Statistical return of the lunatic asylum in Assam - 1912-1932
Year: 1912
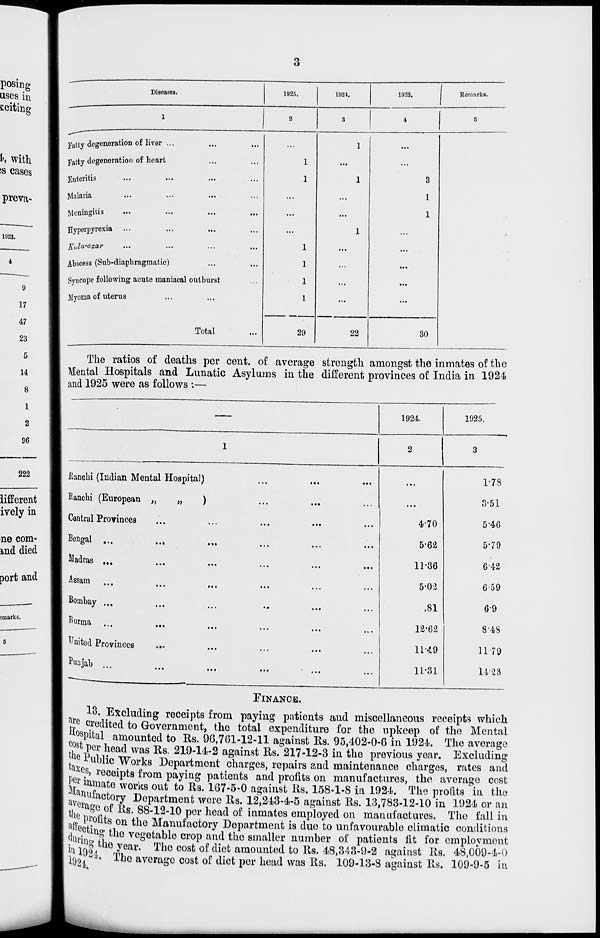
Diseases.
1925.
1921.
1923.
Remarks.
1
2
3
4
5
Fatty degeneration of liver ...
..
...
1
...
Fatty degeneration of heart
..
1
...
...
Enteritis
..
1
1
3
Malaria
••
...
...
1
Meningitis
„
...
...
1
Hyperpyrexia
..
...
1
...
'
j[ u la"azar
..
1
...
...
•
Abscess (Sub-diaphragmatic)
...
1
...
...
Syncope following acute maniacal outburst
1
...
...
llyoma of uterus
1
...
...
Total
29
22
30
The ratios of deaths per cent, of average strength amongst the inmates of the
Mental Hospitals and Lunatic Asylums in the different provinces of India in 1924
and 1925 were as follows :—
1924
1925.
1
2
3
ilanchi (Indian Mental Hospital)
Ranchi (European „
„
)
Central Provinces
Bengal
Madras ...
Assam
Bombay ...
Burma ...
United Provinces
Punjab ...
i.. i
4-70
5'62
11-36
5-02
.81
12*62
11-4.9
11-31
1-78
3-51
5'46
5-79
6 42
659
6-9
843
1179
1428
FINANCE.
13. Excluding receipts from paying patients and miscellaneous receipts which
^e credited to Government, the total expenditure for the upkeep of the Mental
^spital amounted to Rs. 96,761-12-11 against Rs. 95,402-0-6 in 1924. The average
cost per head was Rs. 219-14-2 against Rs. 217-12-3 in the previous year. Excluding
e Public Works Department charges, repairs and maintenance charges, rates and
x es, receipts from paying patients and profits on manufactures, the average cost
palmate works out to Rs. 167-5-0 against Rs. 158-1-8 in 1924. The profits in the
ave nU f act°ry Dc P ai,fcment were Rs. 12,243-4-5 against Rs. 13,783-12-10 in 1924 or an
t j la S e of Rs. 88-12-10 per head of inmates employed on manufactures. The fall in
affeAt* 8 0U ^e Manufactory Department is due to unfavourable climatic conditions
^Gino" VUn vpo-ofoVilo r»iwn n.n/1 flin emn.llnv miml-io-n e\9 -no.fi on fa -fif fr\t» nmnlnvmnnf